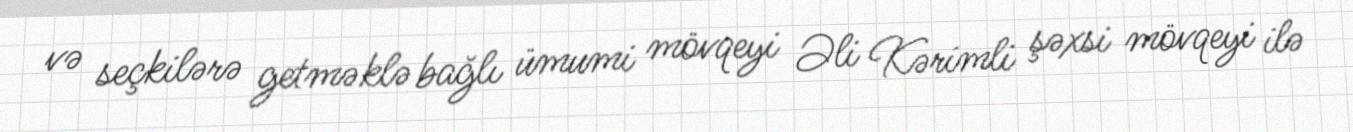
və seçkilərə getməklə bağlı ümumi mövqeyi Əli Kərimli şəxsi mövqeyi ilə